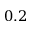
0 . 2